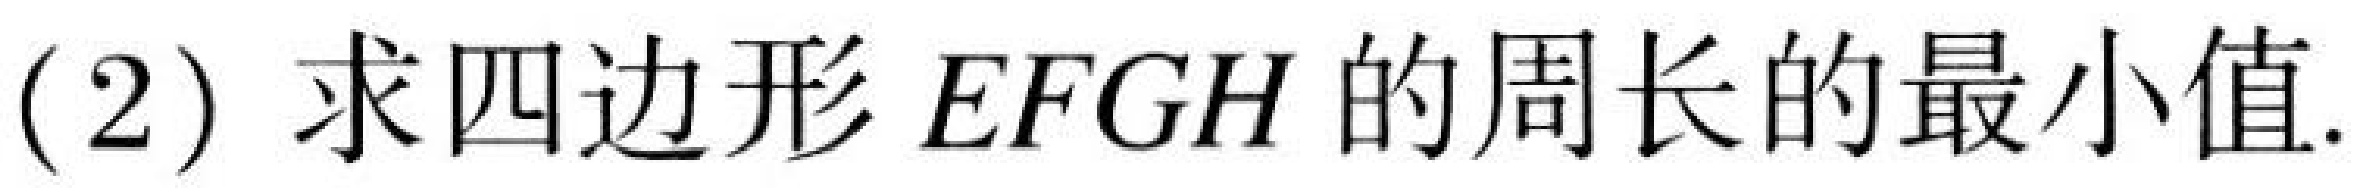
(2) 求四边形 \(EFGH\) 的周长的最小值.